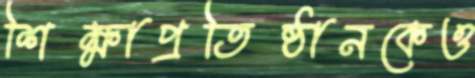
শিক্ষাপ্রতিষ্ঠানকেও